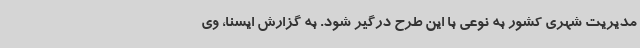
مدیریت شهری کشور به نوعی با این طرح درگیر شود. به گزارش ایسنا، وی